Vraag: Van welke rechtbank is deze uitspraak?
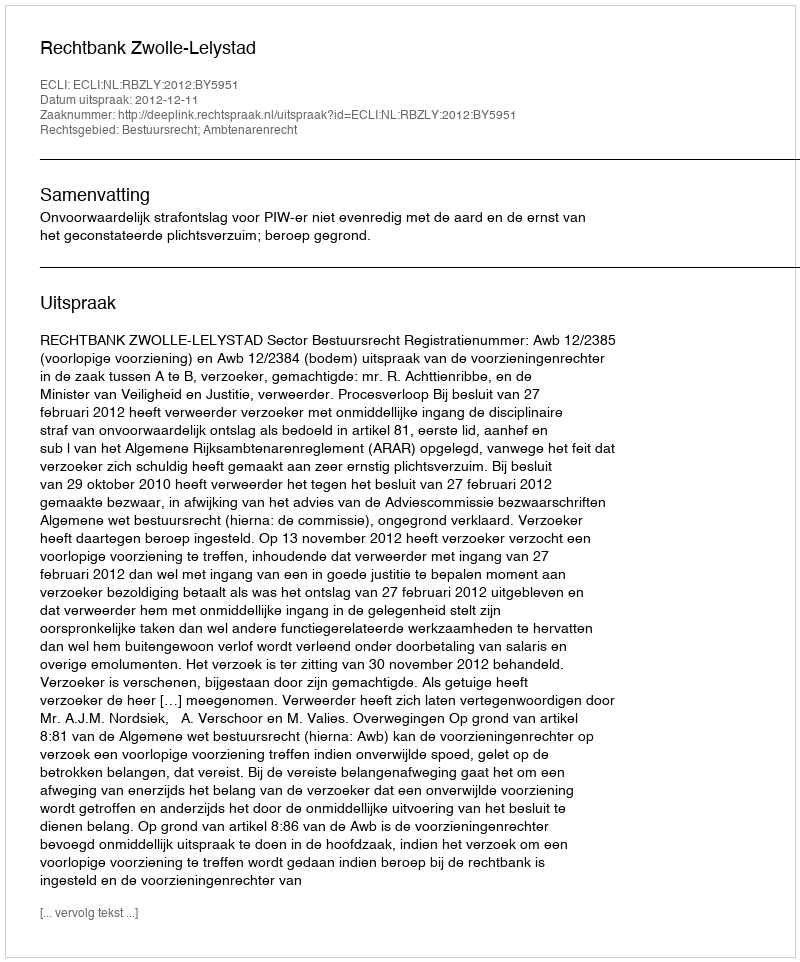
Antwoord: Rechtbank Zwolle-Lelystad